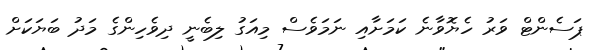
ޕަސެންޓް ވަރު ހެޔޮވާނެ ކަމަށާއި ނަމަވެސް މިއަގު ލިބެނީ ދިވެހިންގެ މަދު ބަޔަކަށް